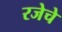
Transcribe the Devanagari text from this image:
रजेचे